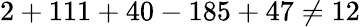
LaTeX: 2+111+40-185+47\neq 12